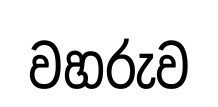
වහරුව